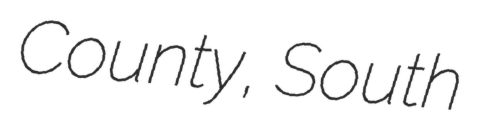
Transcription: County, South